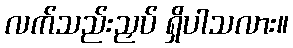
လက်သည်းညှပ် ရှိပါသလား။